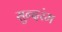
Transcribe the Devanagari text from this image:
सुन्दरंम